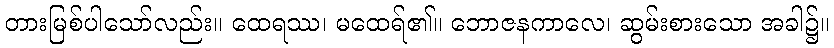
တားမြစ်ပါသော်လည်း။ ထေရဿ၊ မထေရ်၏။ ဘောဇနကာလေ၊ ဆွမ်းစားသော အခါ၌။